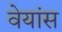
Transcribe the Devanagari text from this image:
वेयांस